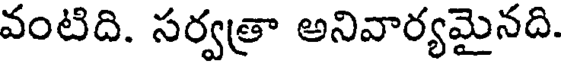
వంటిది. సర్వత్రా అనివార్యమైనది.